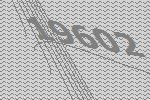
19602